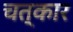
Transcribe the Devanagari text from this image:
चत्कार